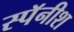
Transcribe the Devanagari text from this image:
स्पॅनीश